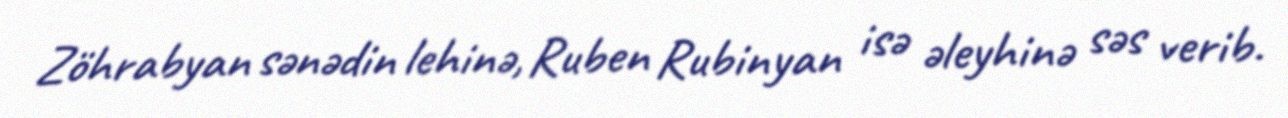
Zöhrabyan sənədin lehinə, Ruben Rubinyan isə əleyhinə səs verib.